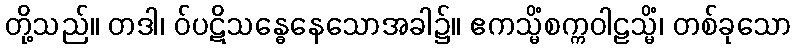
တို့သည်။ တဒါ၊ ဝ်ပဋိသန္ဓေနေသောအခါ၌။ ဧကသ္မိံစက္ကဝါဠသ္မိံ၊ တစ်ခုသော